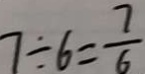
7 \div 6 = \frac { 7 } { 6 }